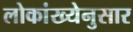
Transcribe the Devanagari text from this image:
लोकांख्येनुसार